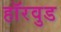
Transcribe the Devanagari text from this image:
हॉरवुड